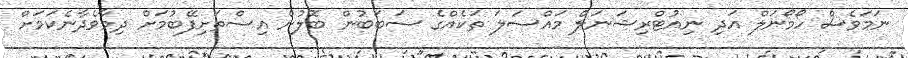
ނަމަވެސް ހޯމޯނަލް އަދި ނިއުޓްރިޝަނަލް މައްސަލަ ތަކެއްގެ ސަބަބުން ބޮލުން އިސްތަށިފޭބުމަށް ދިމާވެދާނެކަމަށް